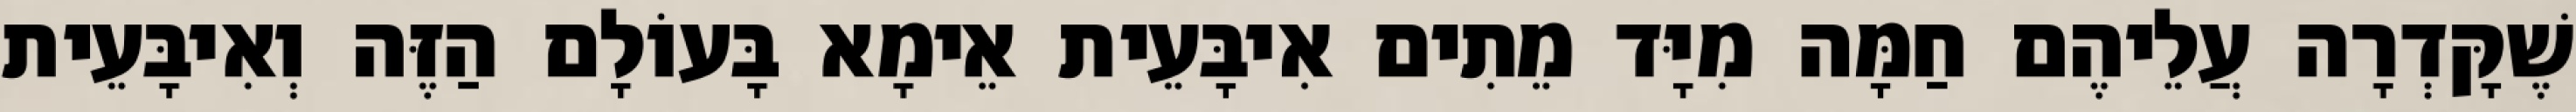
שֶׁקָּדְרָה עֲלֵיהֶם חַמָּה מִיָּד מֵתִים אִיבָּעֵית אֵימָא בָּעוֹלָם הַזֶּה וְאִיבָּעֵית